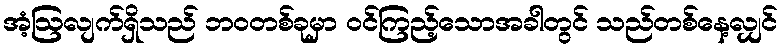
အံ့ဩလျက်ရှိသည် ဘဝတစ်ခုမှာ ဝင်ကြည့်သောအခါတွင် သည်တစ်နေ့လျှင်